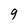
Character: 9